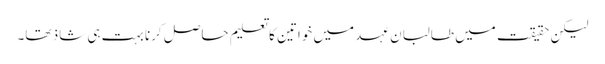
لیکن حقیقت میں طالبان عہد میں خواتین کا تعلیم حاصل کرنا بہت ہی شاذ تھا۔